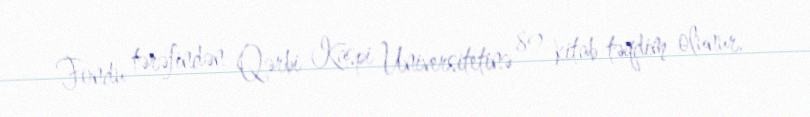
Fondu tərəfindən Qərbi Kaspi Universitetinə 89 kitab təqdim olunur.